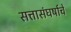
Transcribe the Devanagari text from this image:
सत्तासंघर्षाचे